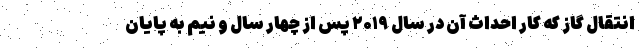
انتقال گاز که کار احداث آن در سال ۲۰۱۹ پس از چهار سال و نیم به پایان